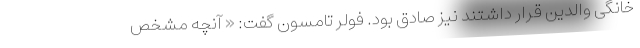
خانگی والدین قرار داشتند نیز صادق بود. فولر تامسون گفت: « آنچه مشخص